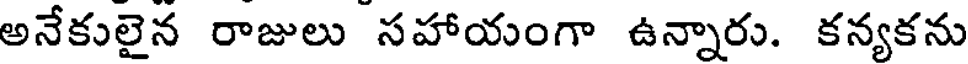
అనేకులైన రాజులు సహాయంగా ఉన్నారు. కన్యకను